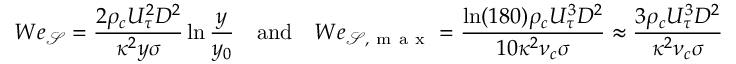
W e _ { \mathcal { S } } = \frac { 2 \rho _ { c } U _ { \tau } ^ { 2 } D ^ { 2 } } { \kappa ^ { 2 } y \sigma } \ln \frac { y } { y _ { 0 } } \quad \mathrm { a n d } \quad W e _ { \mathcal { S , \mathrm { ~ m ~ a ~ x ~ } } } = \frac { \ln ( 1 8 0 ) \rho _ { c } U _ { \tau } ^ { 3 } D ^ { 2 } } { 1 0 \kappa ^ { 2 } \nu _ { c } \sigma } \approx \frac { 3 \rho _ { c } U _ { \tau } ^ { 3 } D ^ { 2 } } { \kappa ^ { 2 } \nu _ { c } \sigma }